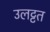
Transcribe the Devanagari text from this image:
उलट्टत